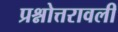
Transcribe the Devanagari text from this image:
प्रश्नोत्तरावली